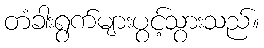
တံခါးရွက်များပွင့်သွားသည်။